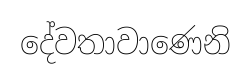
දේවතාවාණෙනි